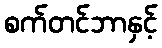
စက်တင်ဘာနှင့်